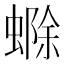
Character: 𮔲